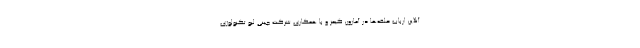
آنلاین ارباب حلقه‌ها در آمازون گیمز و با همکاری شرکت چینی لیو تکنولوژی